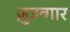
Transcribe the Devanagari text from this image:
ज़ुउन्गार